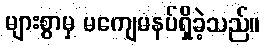
များစွာမှ မကျေမနပ်ရှိခဲ့သည်။